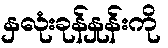
နှလုံးခုန်နှုန်းကို